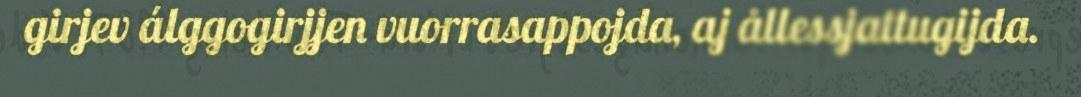
girjev álggogirjjen vuorrasappojda, aj ållessjattugijda.